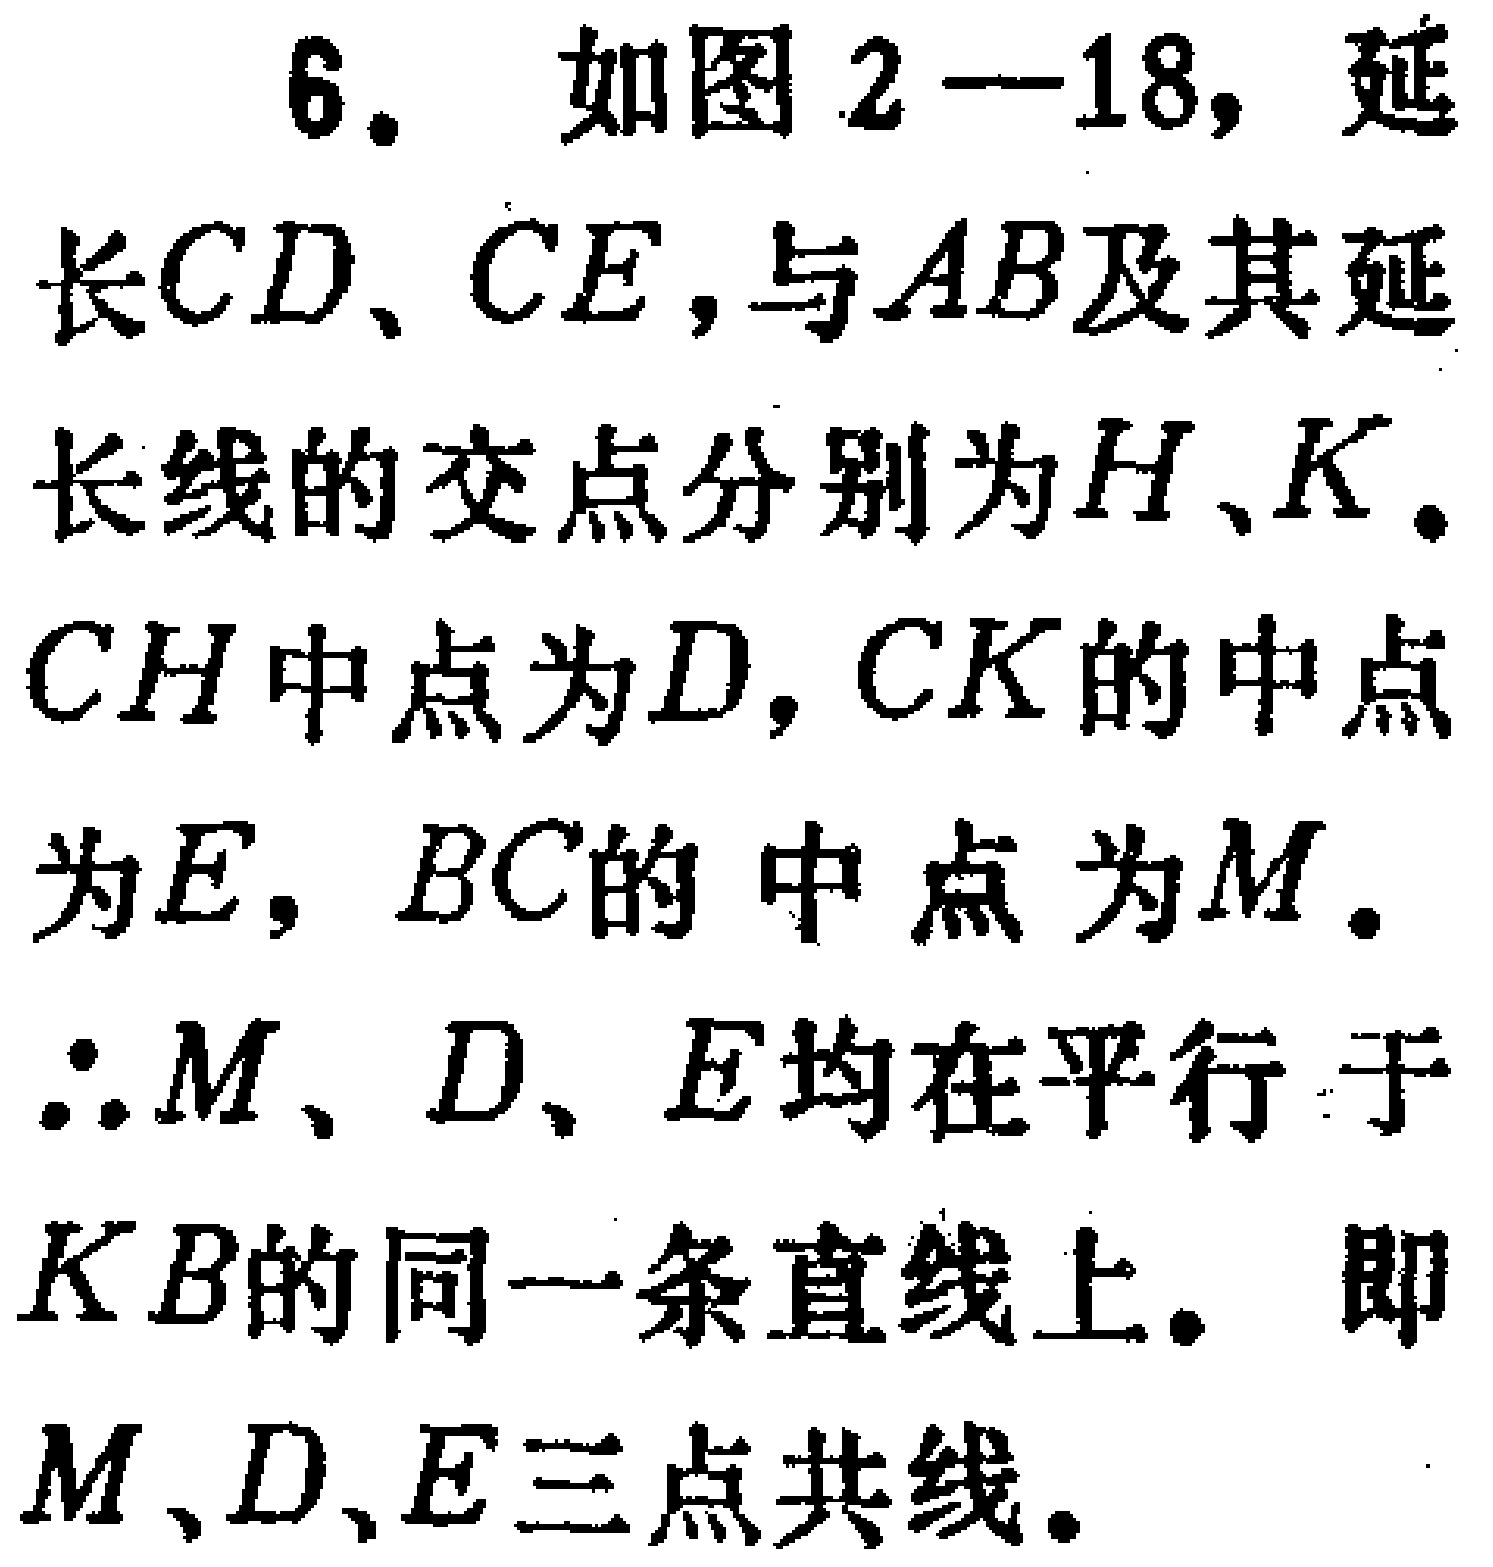
6. 如图2—18，延长$CD$、$CE$，与$AB$及其延长线的交点分别为$H$、$K$。$CH$中点为$D$，$CK$的中点为$E$，$BC$的中点为$M$。
$\therefore M$、$D$、$E$均在平行于$KB$的同一条直线上。即$M$、$D$、$E$三点共线。